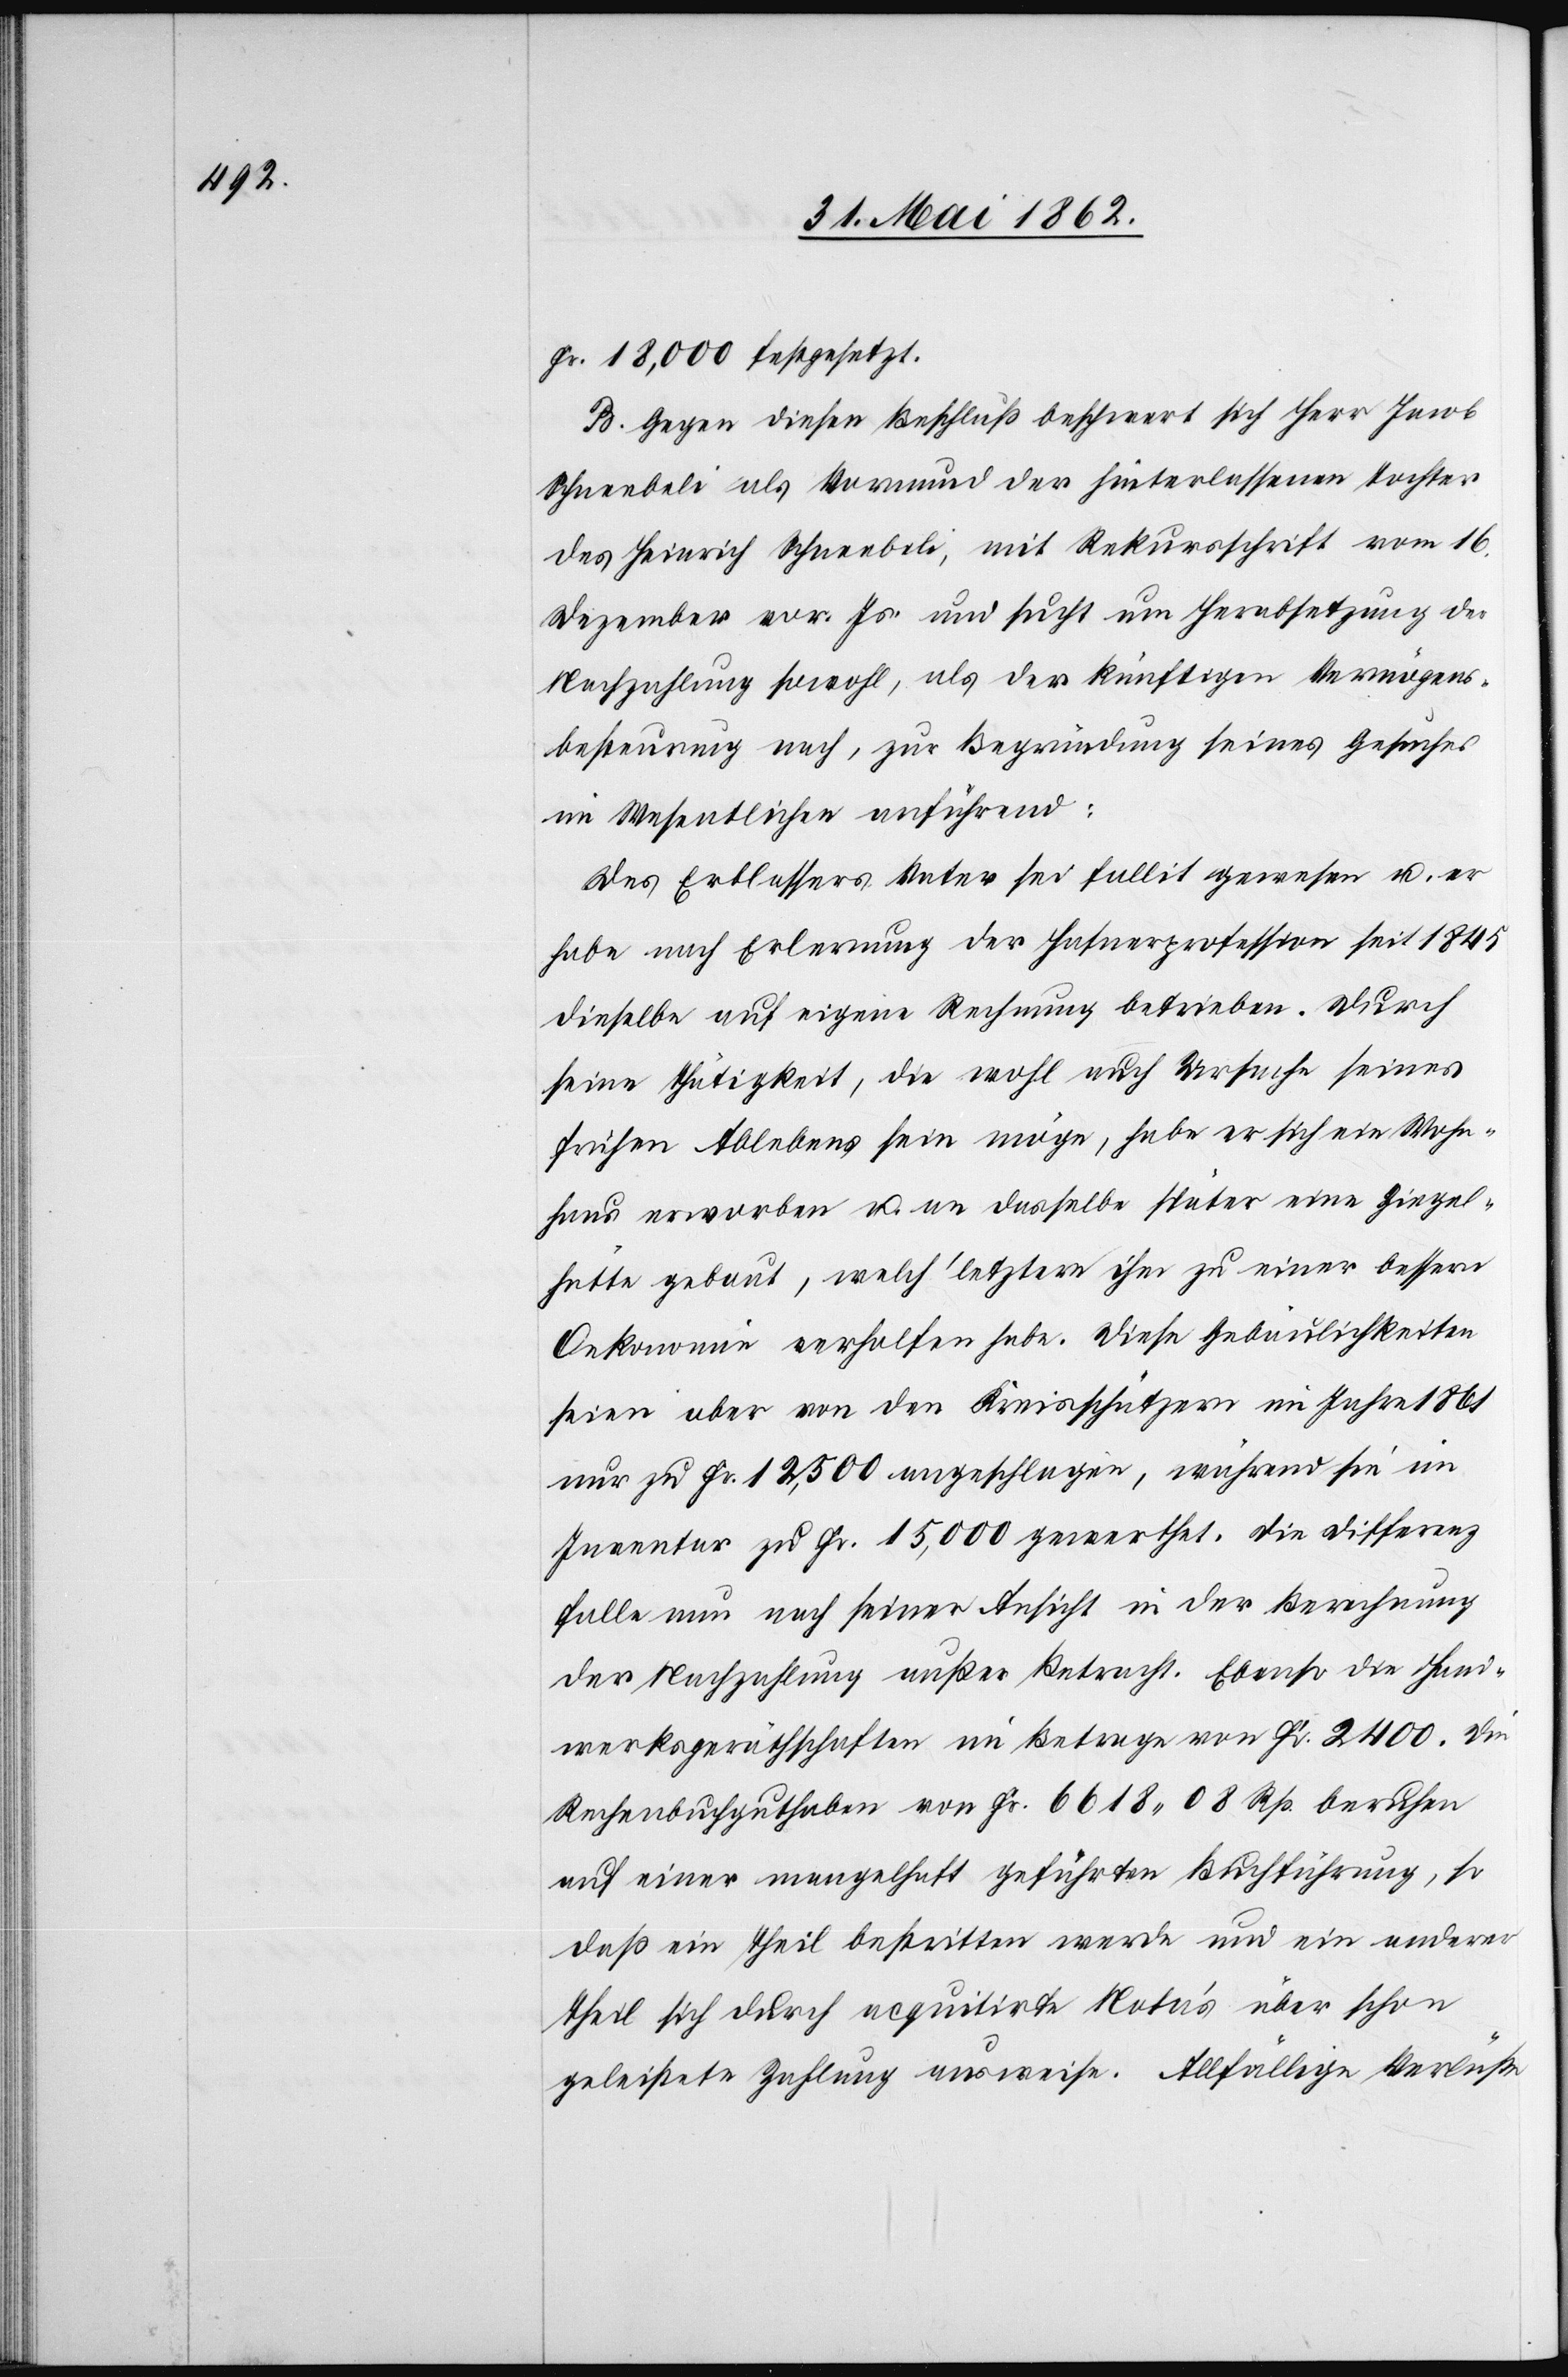
Fr. 18,000 festgesetzt.
B. Gegen diesen Beschluß beschwert sich Herr Jacob
Schneebeli als Vormund der hinterlassenen Tochter
des Heinrich Schneebeli, mit Rekursschrift vom 16.
Dezember vor. Js. und sucht um Herabsetzung der
Nachzahlung sowohl, als der künftigen Vermögens¬
besteurung nach, zur Begründung seines Gesuches
im Wesentlichen anführend:
Des Erblassers Vater sei fallit gewesen u. er
habe nach Erlerung der Hafnerprofession seit 1845
dieselbe auf eigene Rechnung betrieben. Durch
seine Thätigkeit, die wohl auch Ursache seines
frühen Ablebens sein möge, habe er sich ein Wohn¬
haus erworben u. an dasselbe später eine Ziegel¬
hütte gebaut, welch’ letztere ihm zu einer bessern
Oekonomie verholfen habe. Diese Gebäulichkeiten
seien aber von den Kreisschätzern im Jahre 1861
nur zu Fr. 12,500 angeschlagen, während sie im
Inventar zu Fr. 15,000 gewerthet. Die Differenz
falle nun nach seiner Ansicht in der Berechnung
der Nachzahlung außer Betracht. Ebenso die Hand¬
werksgeräthschaften im Betrage von Fr. 2400. Die
Rechenbuchguthaben von Fr. 6618 08 Rp. beruhen
auf einer mangelhaft geführten Buchführung, so
daß ein Theil bestritten werde und ein anderer
Theil sich durch requitirte Nota’s über schon
geleistete Zahlung ausweise. Allfällige Verlüste